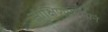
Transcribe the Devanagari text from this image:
साक्षिणमात्मानं